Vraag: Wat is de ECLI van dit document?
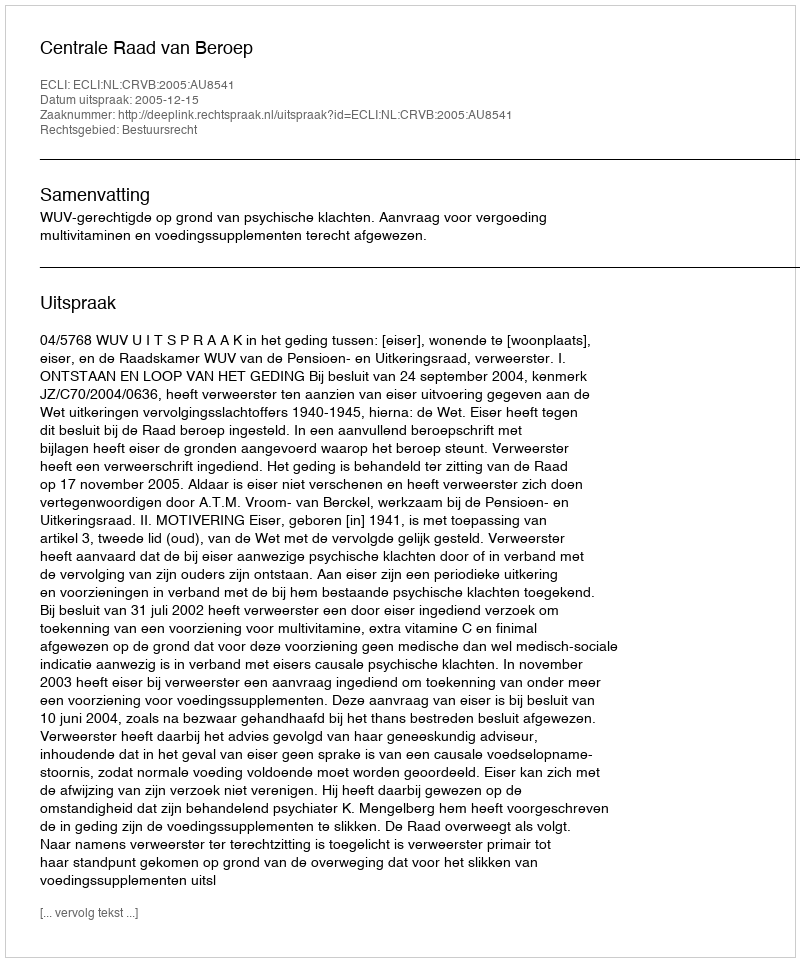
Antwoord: ECLI:NL:CRVB:2005:AU8541